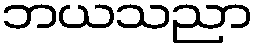
ဘယသညာ